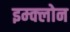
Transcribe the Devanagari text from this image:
इम्‍क्‍लोन